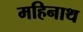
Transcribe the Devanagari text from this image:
महिनाथ